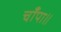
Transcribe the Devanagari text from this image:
चाँपा॥